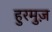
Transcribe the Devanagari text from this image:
हुरमुज़